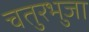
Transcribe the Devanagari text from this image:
चतुरभुजा